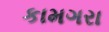
કામગરા